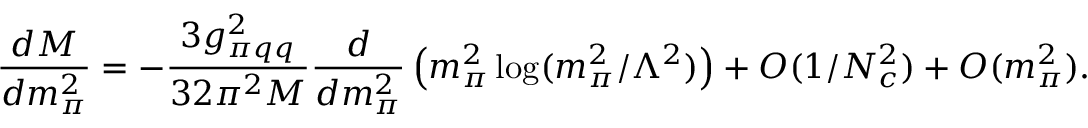
\frac { d M } { d m _ { \pi } ^ { 2 } } = - \frac { 3 g _ { \pi q q } ^ { 2 } } { 3 2 \pi ^ { 2 } M } \frac { d } { d m _ { \pi } ^ { 2 } } \left( m _ { \pi } ^ { 2 } \log ( m _ { \pi } ^ { 2 } / \Lambda ^ { 2 } ) \right) + { \cal O } ( 1 / N _ { c } ^ { 2 } ) + { \cal O } ( m _ { \pi } ^ { 2 } ) .